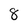
Character: 8